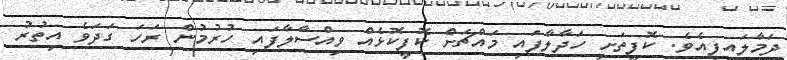
ދަމާލައިފިއެވެ. ކޮފީތަށި ހަދާލާފައި މައްޗަށް ކޮފީކޮޅެއް ވިއްސާލާފައި ހުރުމުން ރަހަ ގަދަވެ އިތުރު